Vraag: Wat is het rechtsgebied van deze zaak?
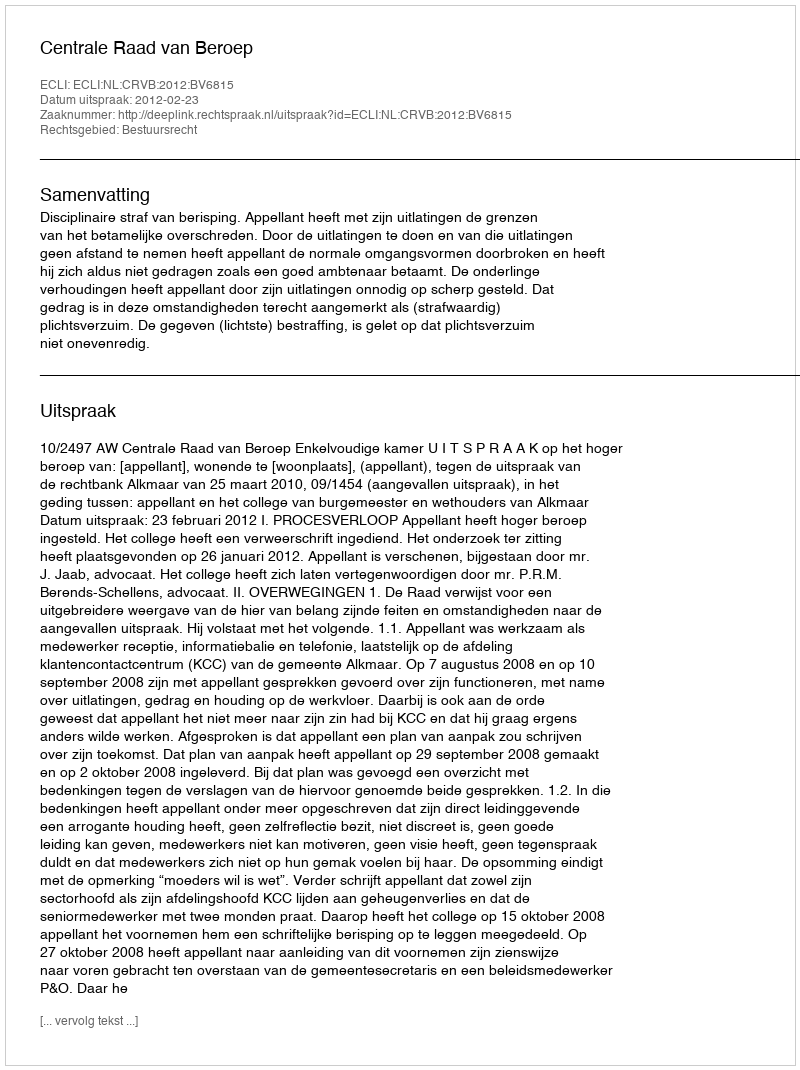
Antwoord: Bestuursrecht